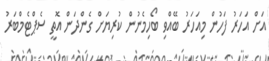
އަށް އަހަރު ފަހުން މިއަހަރު ބޭއްވި ބޯހިމެނުން ކުރިޔަށް ގެންދަން އޮތީ ސެޕްޓެމްބަރު